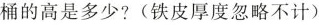
桶的高是多少?(铁皮厚度忽略不计)